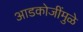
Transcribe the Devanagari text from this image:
आडकोजींमुळे